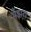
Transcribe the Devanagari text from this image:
मँझरा